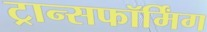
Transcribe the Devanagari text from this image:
ट्रान्सफॉर्मिंग